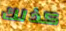
كذلك